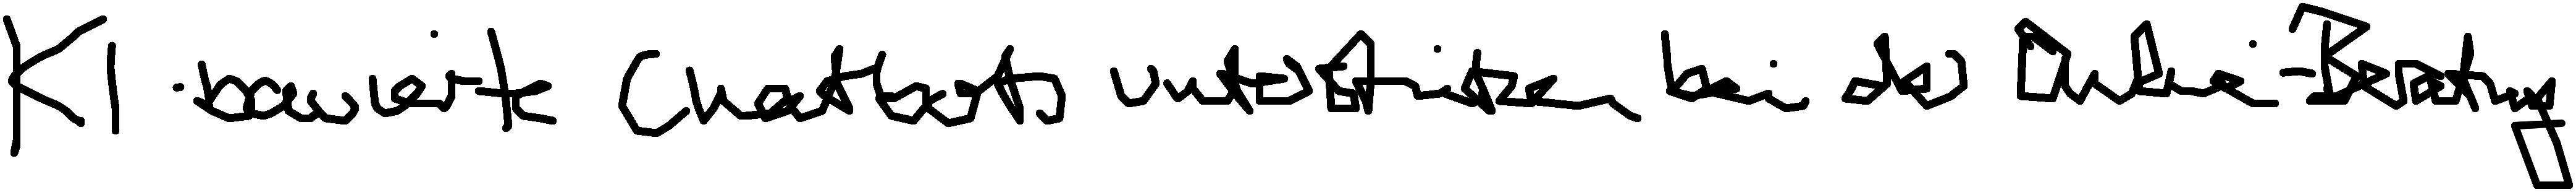
KI-basierte Chatbots unterstützen bei der Online-Beratung.